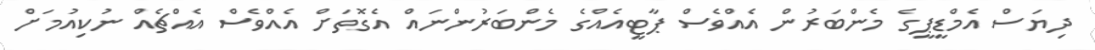
ދިޔަސް އެމްޑީޕީގެ މެންބަރުން އެއްވެސް ޕާޓީއެއްގެ މެންބަރުންނައް އެގޮތަށް އެއްވެސް އެއްޗެއް ނުކިއުމަށް